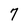
Character: 7